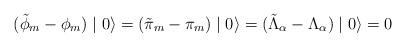
LaTeX: \begin{align*}(\tilde{\phi}_{m} - \phi_{m} ) \mid 0 \rangle = (\tilde{\pi}_{m} - \pi_{m} ) \mid 0 \rangle = (\tilde{\Lambda}_{\alpha} - \Lambda_{\alpha} ) \mid 0 \rangle = 0 \end{align*}